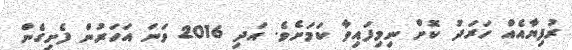
ރުފިޔާއެއް ހަރަދު ކޮށް ނިމިފައިވާ ކަމަށެވެ. އަދި 2016 ވަނަ އަހަރުން ފެށިގެން